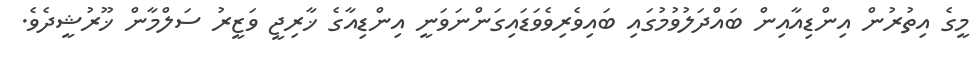
މީގެ އިތުރުން އިންޑިއާއިން ބައްދަލުވުމުގައި ބައިވެރިވެވަޑައިގަންނަވަނީ އިންޑިއާގެ ޚާރިޖީ ވަޒީރު ސަލްމާން ޚޫރުޝީދެވެ.